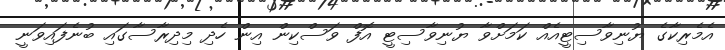
އެމެރިކާގެ ޔުނިވާސިޓީއެއް ކަމަށްވާ ޔުނިވާސިޓީ އޮފް ވަސްކިން އިން ހެދި މިދިރާސާގަައި ބުނެފައިވަނީ